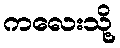
ကလေးသို့